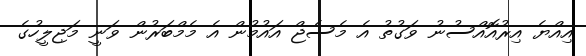
އިއްޔެ އިރުއޮއްސުނު ވަގުތު އެ މެސެޖް އައުމުން އެ މެމްބަރުން ވަނީ މަޖިލީހުގެ